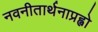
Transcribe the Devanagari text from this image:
नवनीतार्थनाप्रह्वो